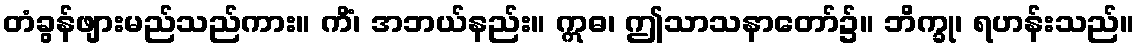
တံခွန်ဖျားမည်သည်ကား။ ကိံ၊ အဘယ်နည်း။ ဣဓ၊ ဤသာသနာတော်၌။ ဘိက္ခု၊ ရဟန်းသည်။